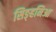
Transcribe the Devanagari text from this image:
सिङ्हनिआ